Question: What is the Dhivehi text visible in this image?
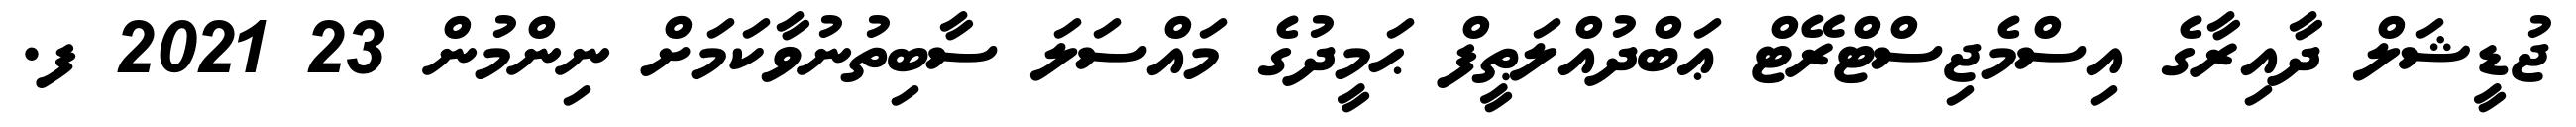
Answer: ޖުޑީޝަލް ދާއިރާގެ އިސްމެޖިސްޓްރޭޓް ޢަބްދުއްލަޠީފް ޙަމީދުގެ މައްސަލަ ސާބިތުނުވާކަމަށް ނިންމުން 23 2021 ފ.